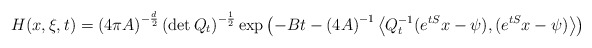
\begin{align*} H(x,\xi,t)=\left(4\pi A\right)^{-\frac{d}{2}}\left(\det Q_t\right)^{-\frac{1}{2}}\exp\left(-Bt-\left(4 A\right)^{-1}\left\langle Q_t^{-1}(e^{tS}x-\psi),(e^{tS}x-\psi)\right\rangle\right)\end{align*}